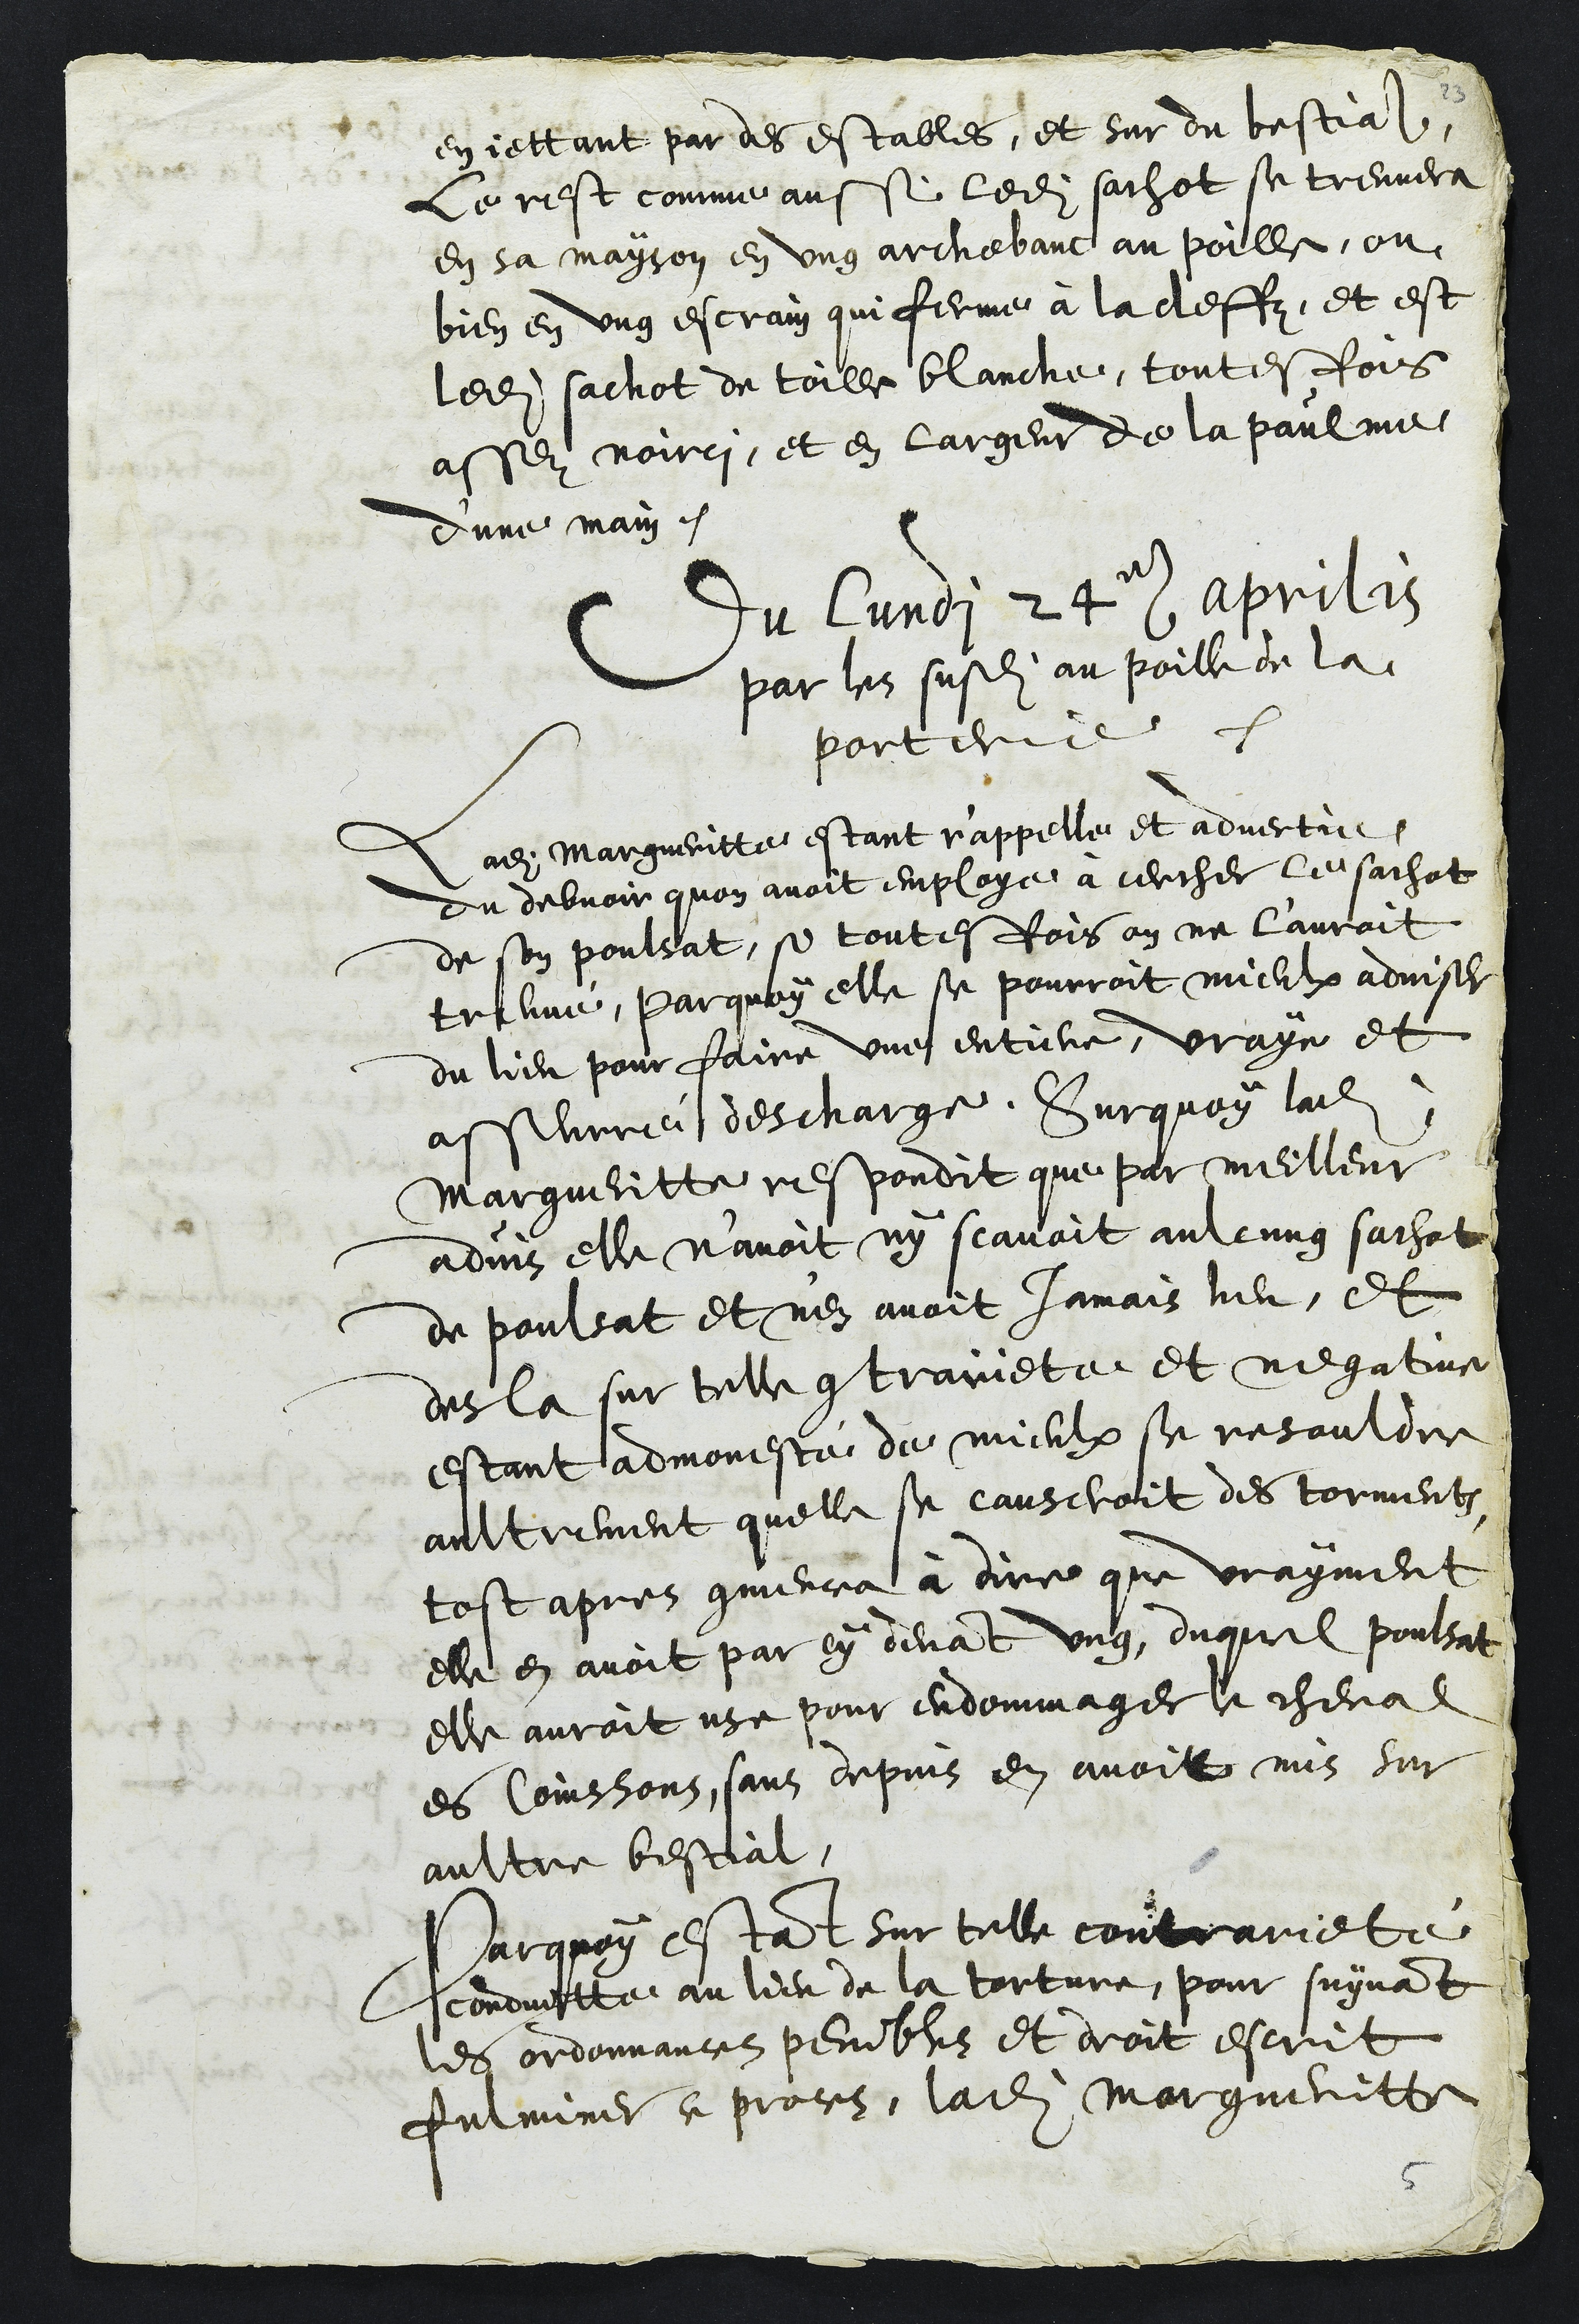
en jettant par des estables, et sur du bestial
Le rest comme aussi ledit sachot se treuvera
en sa mayson en ung archebanc au poille, ou
bien en ung escrain qui ferme à la cleffz et est
ledit sachot de toille blanche, toutesfois
assez noirci, et en largeur de la paulme
d'une main.
Du lundi 24e aprilis
par les susdits au poille de la
porterie
Ladite Margueritte estant r'appelle et advertie
du debvoir quon avoit employe à cercher le sachot
de son poulsat, si toutesfois on ne l’auroit
treuvé, par quoy elle se pourroit mieulx adviser
du lieu pour faire une entiere, vraye et
asseurré descharge. Surquoy ladite
Margueritte respondit que par meilleur
advis elle n’avoit ny scavoit aulcung sachot
de poulsat et n'en avoit jamais heu, Et
desla sur telle contrairiete et negative
estant admonesté de mieulx se resouldre
aultrement quelle se causeroit des torments
tost apres commenca à dire que vrayment
elle en avoit par cy devant ung, duquel poulsat
elle auroit use pour endommager le cheval
es Coinssons, sans depuis en avoir mis du
aultre bestial,
Parquoy estant sur telle contrarieté
conduitte au lieu de la torture, pour suyvant
les ordonnances penibles et droit escrit
fulminer ce proces, ladite Margueritte